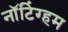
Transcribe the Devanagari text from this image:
नाॅटिंग्हम